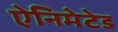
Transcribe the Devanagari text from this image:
ऐनिमेटेड